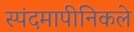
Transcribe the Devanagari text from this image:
स्पंदमापीनिकले